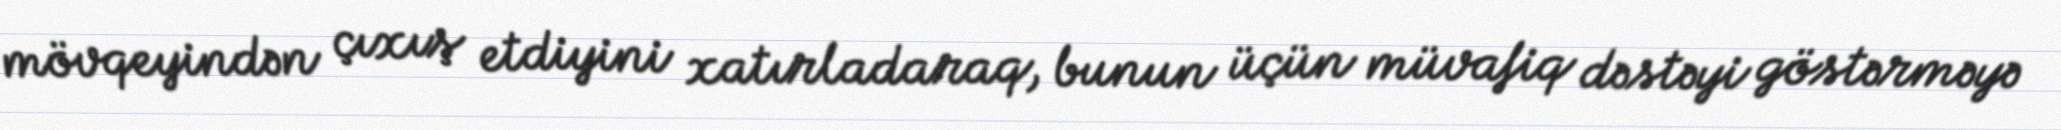
mövqeyindən çıxış etdiyini xatırladaraq, bunun üçün müvafiq dəstəyi göstərməyə